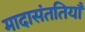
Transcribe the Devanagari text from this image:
मादासंततियाँ